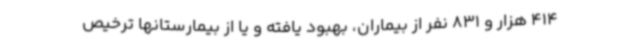
414 هزار و 831 نفر از بیماران، بهبود یافته و یا از بیمارستانها ترخیص